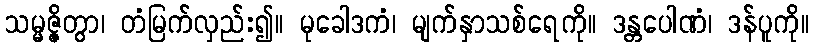
သမ္မဇ္ဇိတွာ၊ တံမြက်လှည်း၍။ မုခေါဒကံ၊ မျက်နှာသစ်ရေကို။ ဒန္တပေါဏံ၊ ဒန်ပူကို။